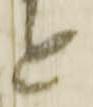
と